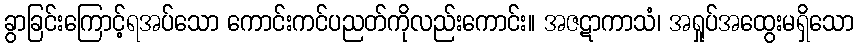
ခွာခြင်းကြောင့်ရအပ်သော ကောင်းကင်ပညတ်ကိုလည်းကောင်း။ အဇဋာကာသံ၊ အရှုပ်အထွေးမရှိသော